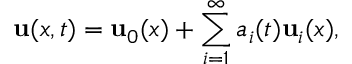
{ \mathbf { u } } ( x , t ) = { \mathbf { u } } _ { 0 } ( x ) + \sum _ { i = 1 } ^ { \infty } a _ { i } ( t ) { \mathbf { u } } _ { i } ( x ) ,